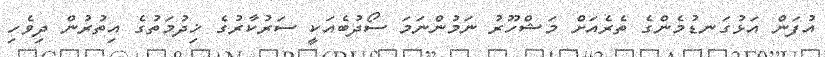
އުފަން އަޅުގަނޑުމެންގެ ތެރެއަށް މަޝްހޫރު ނަމުންނަމަ ސޯދުބެއަކީ ސަރުކާރުގެ ޚިދުމަތުގެ އިތުރުން ދިވެހި